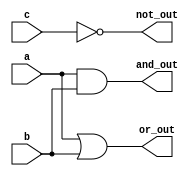
module Basic_Gates(a,b,c,and_out,or_out,not_out);
	input a,b,c;
	output and_out,or_out,not_out;
	and (and_out,a,b);
	not (not_out,c);
	or (or_out,a,b);
endmodule